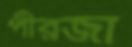
পীরজা